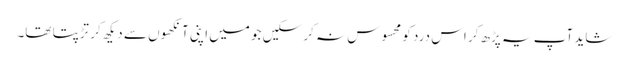
شاید آپ یہ پڑھ کر اس درد کو محسوس نہ کر سکیں جو میں اپنی آنکھوں سے دیکھ کر تڑپتا تھا۔